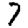
Digit: 7